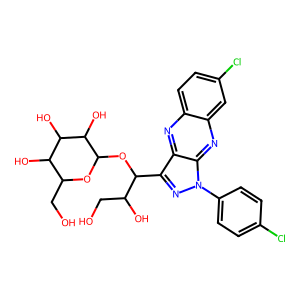
SMILES: OCC(O)C(OC1OC(CO)C(O)C(O)C1O)c1nn(-c2ccc(Cl)cc2)c2nc3cc(Cl)ccc3nc12
Inhibits HIV replication: No